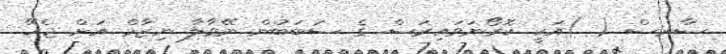
ސާރސް ( )އަކީ ކޮރޯނަވައިރަސް ގެ ސަބަބުން ނޭވާލާ ނިޒާމް އަށް ޖެހޭ